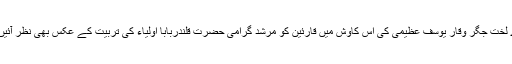
میرے لختِ جگر وقار یوسف عظیمی کی اس کاوش میں قارئین کو مرشد گرامی حضرت قلندربابا اولیاء ؒکی تربیت کے عکس بھی نظر آئیں گے۔